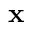
\mathbf { x }